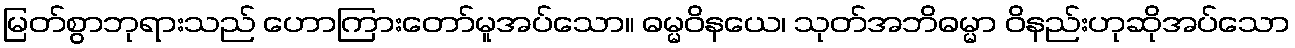
မြတ်စွာဘုရားသည် ဟောကြားတော်မူအပ်သော။ ဓမ္မဝိနယေ၊ သုတ်အဘိဓမ္မာ ဝိနည်းဟုဆိုအပ်သော